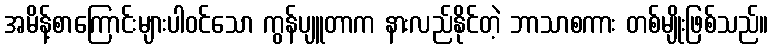
အမိန့်စာကြောင်းများပါဝင်သော ကွန်ပျူတာက နားလည်နိုင်တဲ့ ဘာသာစကား တစ်မျိုးဖြစ်သည်။